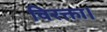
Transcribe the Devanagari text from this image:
विरक्ता।